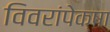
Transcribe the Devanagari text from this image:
विवरांपेक्षा